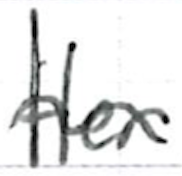
Text: Her
Cross-out: wave
Writing tool: ballpoint